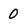
Character: 0